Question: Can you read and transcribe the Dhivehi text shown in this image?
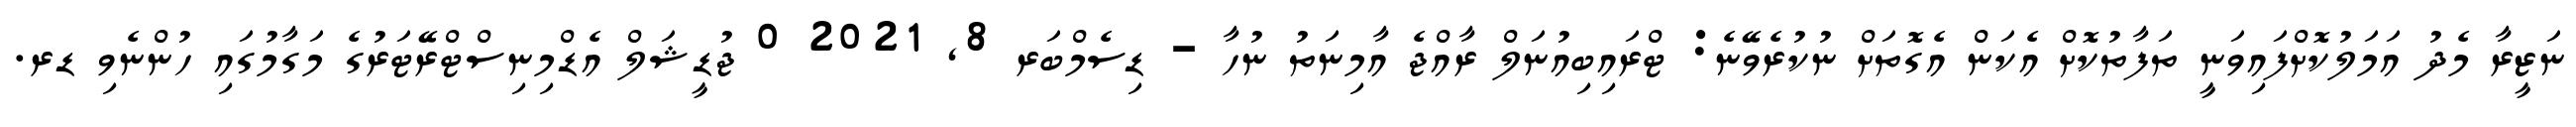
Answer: ނަޒީރާ މެދު އަމަލުކޮށްފައިވަނީ ތަފާތުކޮށް އެކަން އެގޮތަށް ނުކުރެވޭނެ: ޓްރައިބިއުނަލް ރާއްޖެ އާމިނަތު ނުހާ - ޑިސެމްބަރ 8, 2021 0 ޖުޑީޝަލް އެޑްމިނިސްޓްރޭޓަރުގެ މަގާމުގައި ހުންނެވި ޑރ.